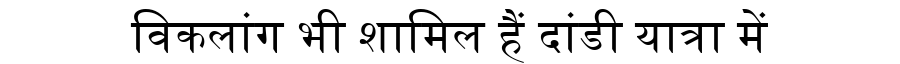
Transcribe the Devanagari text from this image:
विकलांग भी शामिल हैं दांडी यात्रा में